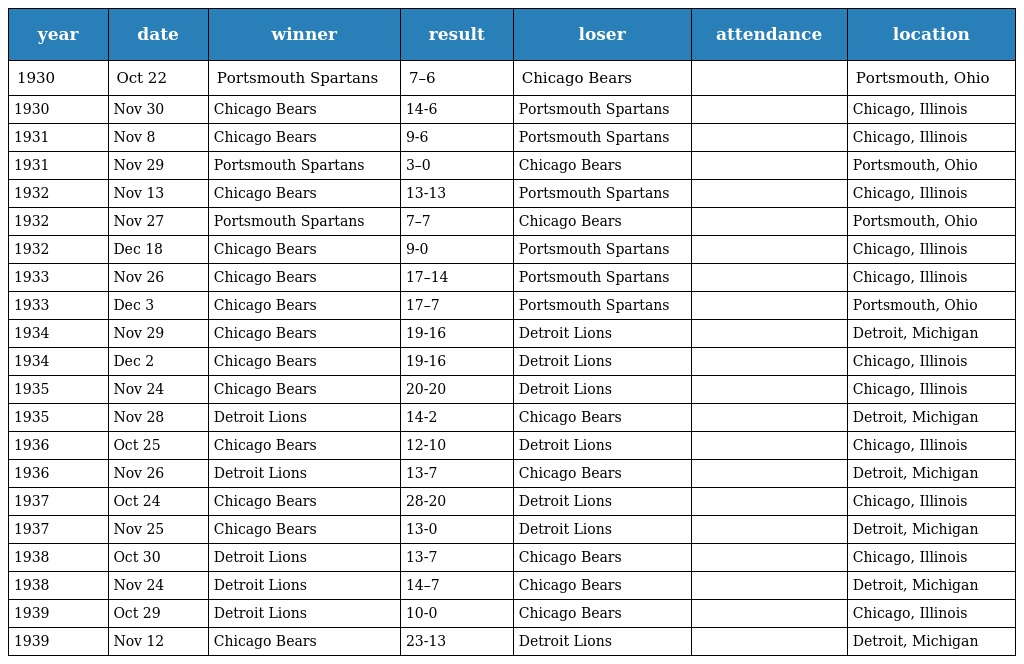
| year | date | winner | result | loser | attendance | location |
 | --- | --- | --- | --- | --- | --- | --- |
 | 1930 | Oct 22 | Portsmouth Spartans | 7–6 | Chicago Bears |  | Portsmouth, Ohio |
 | 1930 | Nov 30 | Chicago Bears | 14-6 | Portsmouth Spartans |  | Chicago, Illinois |
 | 1931 | Nov 8 | Chicago Bears | 9-6 | Portsmouth Spartans |  | Chicago, Illinois |
 | 1931 | Nov 29 | Portsmouth Spartans | 3–0 | Chicago Bears |  | Portsmouth, Ohio |
 | 1932 | Nov 13 | Chicago Bears | 13-13 | Portsmouth Spartans |  | Chicago, Illinois |
 | 1932 | Nov 27 | Portsmouth Spartans | 7–7 | Chicago Bears |  | Portsmouth, Ohio |
 | 1932 | Dec 18 | Chicago Bears | 9-0 | Portsmouth Spartans |  | Chicago, Illinois |
 | 1933 | Nov 26 | Chicago Bears | 17–14 | Portsmouth Spartans |  | Chicago, Illinois |
 | 1933 | Dec 3 | Chicago Bears | 17–7 | Portsmouth Spartans |  | Portsmouth, Ohio |
 | 1934 | Nov 29 | Chicago Bears | 19-16 | Detroit Lions |  | Detroit, Michigan |
 | 1934 | Dec 2 | Chicago Bears | 19-16 | Detroit Lions |  | Chicago, Illinois |
 | 1935 | Nov 24 | Chicago Bears | 20-20 | Detroit Lions |  | Chicago, Illinois |
 | 1935 | Nov 28 | Detroit Lions | 14-2 | Chicago Bears |  | Detroit, Michigan |
 | 1936 | Oct 25 | Chicago Bears | 12-10 | Detroit Lions |  | Chicago, Illinois |
 | 1936 | Nov 26 | Detroit Lions | 13-7 | Chicago Bears |  | Detroit, Michigan |
 | 1937 | Oct 24 | Chicago Bears | 28-20 | Detroit Lions |  | Chicago, Illinois |
 | 1937 | Nov 25 | Chicago Bears | 13-0 | Detroit Lions |  | Detroit, Michigan |
 | 1938 | Oct 30 | Detroit Lions | 13-7 | Chicago Bears |  | Chicago, Illinois |
 | 1938 | Nov 24 | Detroit Lions | 14–7 | Chicago Bears |  | Detroit, Michigan |
 | 1939 | Oct 29 | Detroit Lions | 10-0 | Chicago Bears |  | Chicago, Illinois |
 | 1939 | Nov 12 | Chicago Bears | 23-13 | Detroit Lions |  | Detroit, Michigan |